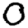
Digit: 0